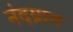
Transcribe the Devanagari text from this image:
नंदग्राम